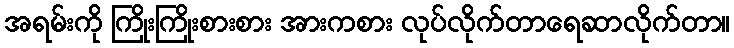
အရမ်းကို ကြိုးကြိုးစားစား အားကစား လုပ်လိုက်တာရေဆာလိုက်တာ။